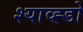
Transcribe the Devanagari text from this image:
श्याव्ह्डो